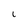
Character: l